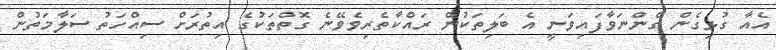
އެއާ ގުޅިގެން ގެންނަވާފައިވަނީ އެ ބަލިތަކުން ރައްކާތެރިވެވޭނެ ގޮތްތަކުގެ އިތުރަށް ސިއްހަތު ސަލާމަތުން